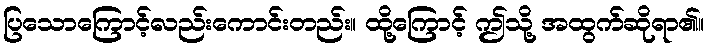
ပြသောကြောင့်လည်းကောင်းတည်း။ ထို့ကြောင့် ဤသို့ အထွက်ဆိုရာ၏။